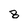
Character: 8